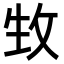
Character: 𤯛